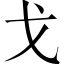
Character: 戈